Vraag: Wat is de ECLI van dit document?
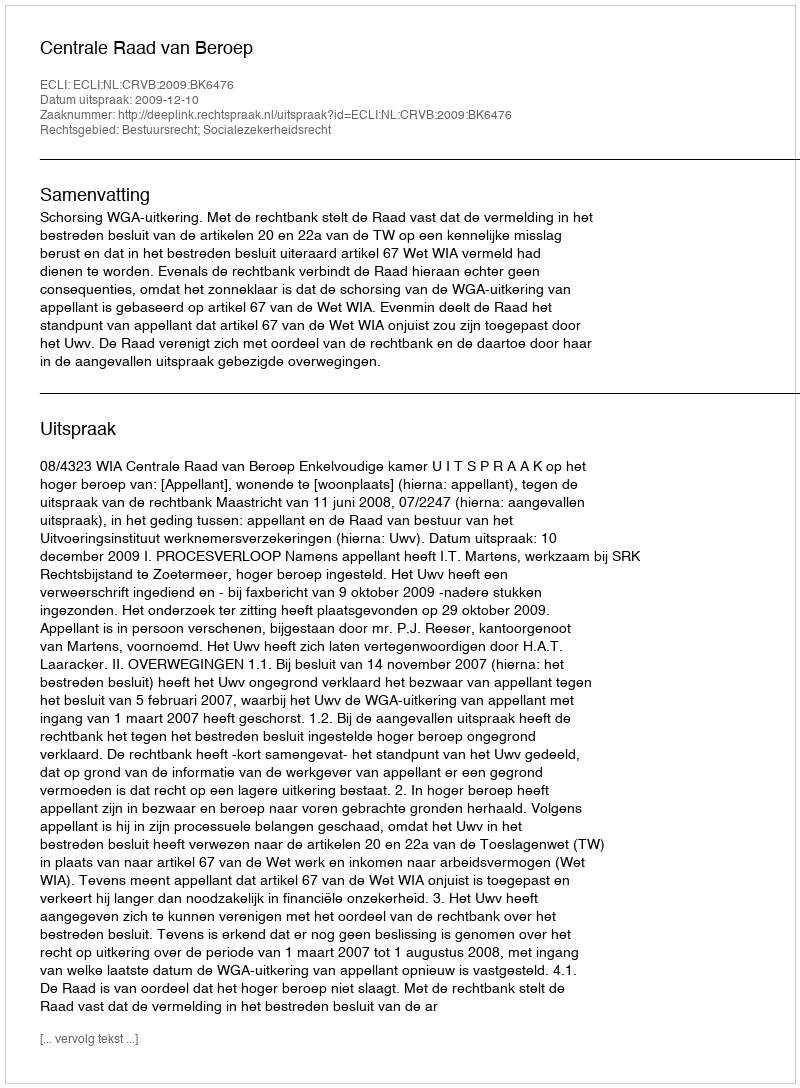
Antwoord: ECLI:NL:CRVB:2009:BK6476